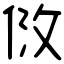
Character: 𠈹